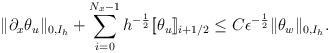
LaTeX: \begin{align*}\|\partial_x\theta_u\|_{0,I_h} + \sum_{i = 0}^{N_x-1}h^{-\frac{1}{2}}[\![\theta_u]\!]_{i+1/2} \leq C\epsilon^{-\frac{1}{2}}\|\theta_w\|_{0,I_h}.\end{align*}